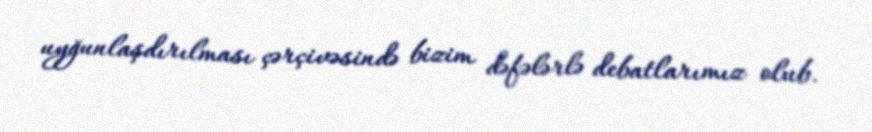
uyğunlaşdırılması çərçivəsində bizim dəfələrlə debatlarımız olub.